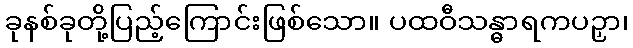
ခုနစ်ခုတို့ပြည့်ကြောင်းဖြစ်သော။ ပထဝီသန္ဓာရကပဉှာ၊